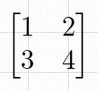
\begin{bmatrix}1&2\\3&4\end{bmatrix}